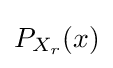
\textstyle P_{X_{r}}(x)